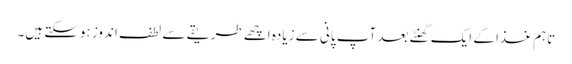
تاہم غذا کے ایک گھنٹے بعد آپ پانی سے زیادہ اچھے طریقے سے لطف اندوز ہوسکتے ہیں۔